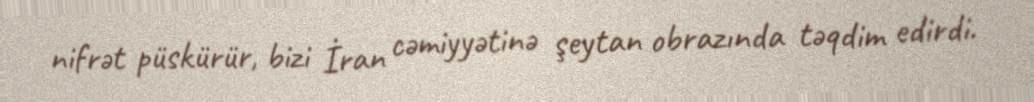
nifrət püskürür, bizi İran cəmiyyətinə şeytan obrazında təqdim edirdi.